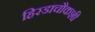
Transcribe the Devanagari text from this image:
हिरडाचौकशी